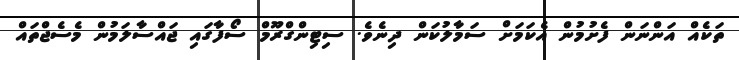
ތަކެއް އަންނަން ފެށުމުން އެކަމަށް ސަމާލުކަން ދިނެވެ. ސިޓިންގްރޫމް ސޯފާގައި ޖައްސާލަމުން މެސެޖްތައް